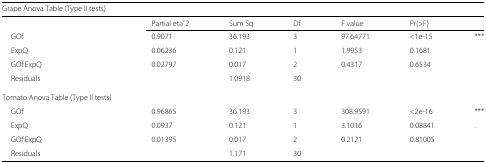
| <COLSPAN=7> Grape Anova Table (Type II tests) |
 | --- | --- | --- | --- | --- | --- | --- |
 |  | Partial etaˆ2 | Sum Sq | Df | F value | Pr(>F) |  |
 | GOf | 0.9071 | 36.193 | 3 | 97.64771 | <1e-15 | *** |
 | ExpQ | 0.06236 | 0.121 | 1 | 1.9953 | 0.1681 |  |
 | GOf:ExpQ | 0.02797 | 0.017 | 2 | 0.4317 | 0.6534 |  |
 | Residuals |  | 1.0918 | 30 |  |  |  |
 | <COLSPAN=7> Tomato Anova Table (Type II tests) |
 | GOf | 0.96865 | 36.193 | 3 | 308.9591 | <2e-16 | *** |
 | ExpQ | 0.0937 | 0.121 | 1 | 3.1016 | 0.08841 | . |
 | GOf:ExpQ | 0.01395 | 0.017 | 2 | 0.2121 | 0.81005 |  |
 | Residuals |  | 1.171 | 30 |  |  |  |